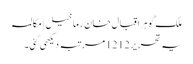
ملک گوہر اقبال خان رما خیل | مکالمہ
یہ تحریر 1212 مرتبہ دیکھی گئی۔